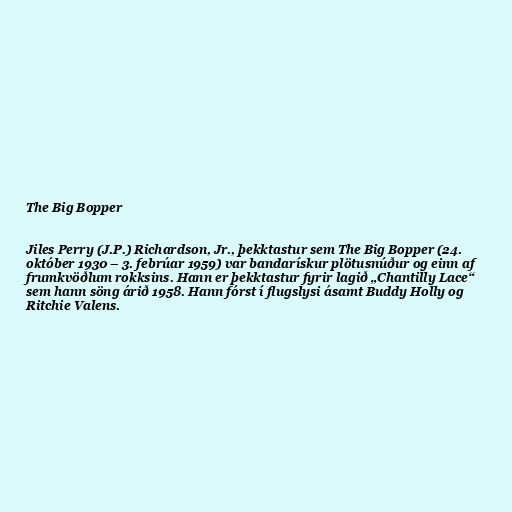
The Big Bopper

Jiles Perry (J.P.) Richardson, Jr., þekktastur sem The Big Bopper (24.
október 1930 – 3. febrúar 1959) var bandarískur plötusnúður og einn af
frumkvöðlum rokksins. Hann er þekktastur fyrir lagið „Chantilly Lace“
sem hann söng árið 1958. Hann fórst í flugslysi ásamt Buddy Holly og
Ritchie Valens.